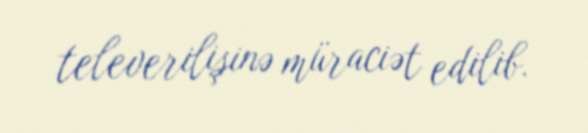
televerilişinə müraciət edilib.